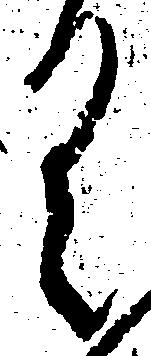
く